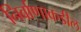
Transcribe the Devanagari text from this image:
निर्वाणाकडील